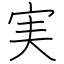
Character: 実